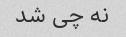
نه چی شد